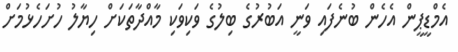
އެމްޑީޕީން އެހެން ބުނެފައި ވަނީ އަބުރުގެ ބިލުގެ ވަކިވަކި މާއްދާތަކަށް ހިޔާލު ހުށަހެޅުމަށް